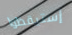
إستيقظوا